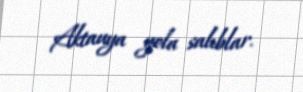
Aktauya yola salıblar.